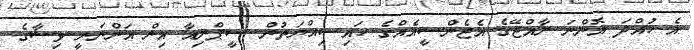
އެ ހުއްދަ އޮންނަ ރާއްޖޭގެ އެޖެންސީއެއްގެ ހައިސިއްޔަތުން ސީޕްރިއާ އިން އަންނަނީ ވިސާގެ